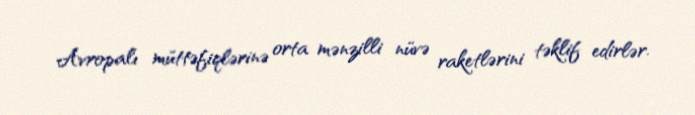
Avropalı müttəfiqlərinə orta mənzilli nüvə raketlərini təklif edirlər.